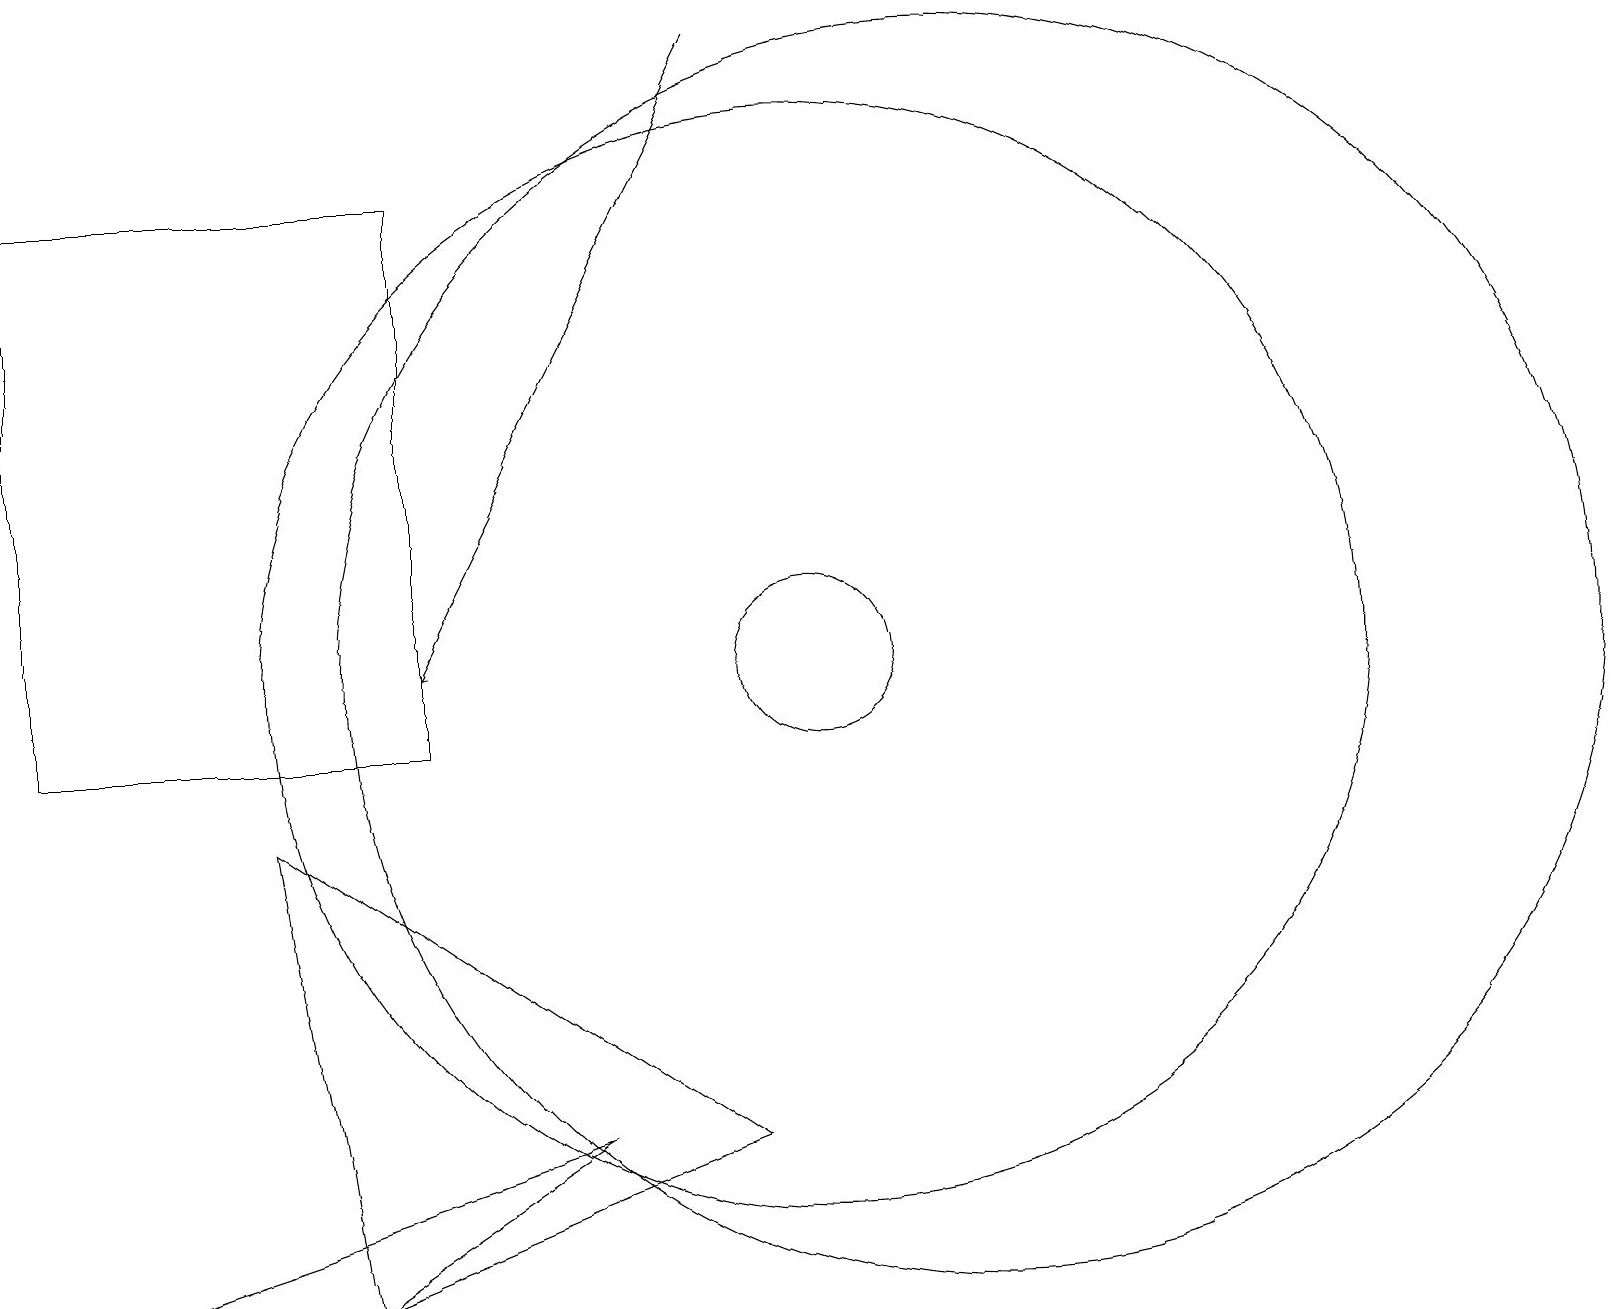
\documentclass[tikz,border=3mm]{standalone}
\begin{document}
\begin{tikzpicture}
\draw[->] (9,19) -- (5,11);
\draw (10,11) circle (1);
\draw (1,3) -- (4,3) -- (7,5) -- cycle;
\draw (5,17) rectangle (0,10);
\draw (10,11) circle (7);
\draw (4,3) -- (9,5) -- (3,9) -- cycle;
\draw (12,11) circle (8);
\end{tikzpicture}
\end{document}